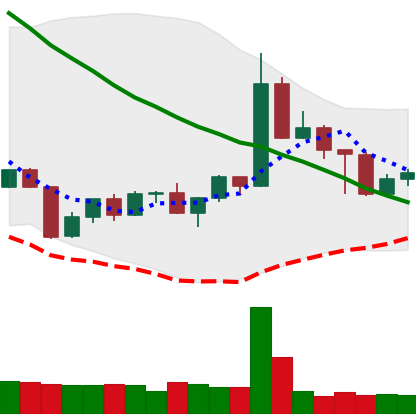
Ticker: TRX-USD
Chart end date: 2022-04-28
Forward return: 13.465%
Label: up_7plus